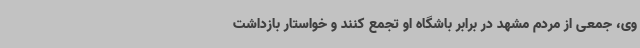
وی، جمعی از مردم مشهد در برابر باشگاه او تجمع کنند و خواستار بازداشت